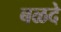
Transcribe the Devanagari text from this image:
बळदे